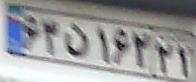
۶۳ن۱۶۲۲۱